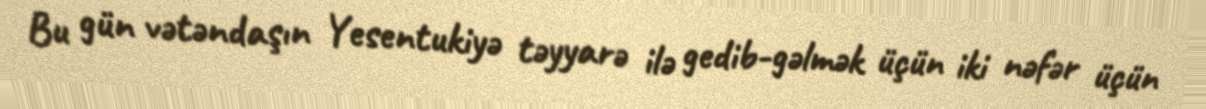
Bu gün vətəndaşın Yesentukiyə təyyarə ilə gedib-gəlmək üçün iki nəfər üçün